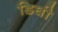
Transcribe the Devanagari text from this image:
डिघी